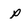
Character: p